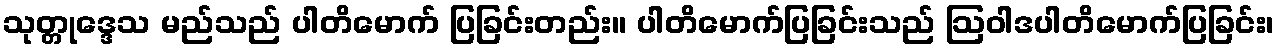
သုတ္တုဒ္ဒေသ မည်သည် ပါတိမောက် ပြခြင်းတည်း။ ပါတိမောက်ပြခြင်းသည် ဩဝါဒပါတိမောက်ပြခြင်း၊